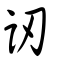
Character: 訒